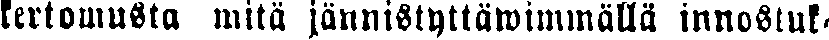
kertomusta mitä jännistyttäwimmällä innostuk-